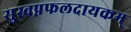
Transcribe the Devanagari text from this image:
सुस्वप्नफलदायकम्